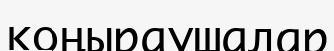
қоңыраушалар